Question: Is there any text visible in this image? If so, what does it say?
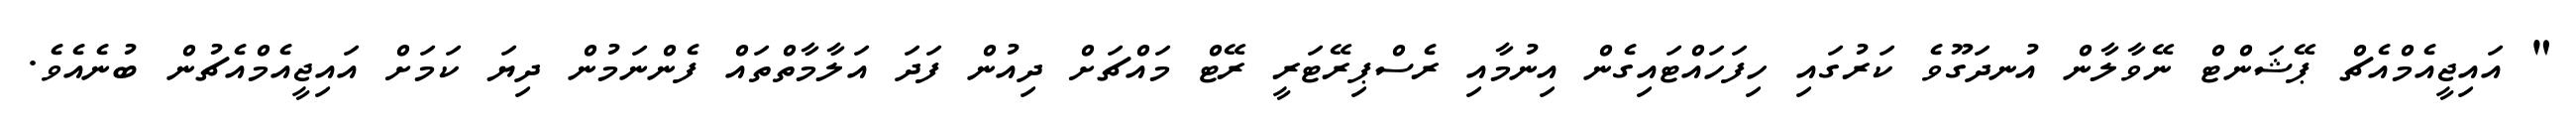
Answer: " އައިޖީއެމްއެޗް ޕޭޝަންޓް ނޭވާލާން އުނދަގޫވެ ކަރުގައި ހިފަހައްޓައިގެން އިނުމާއި ރެސްޕިރޭޓަރީ ރޭޓް މައްޗަށް ދިއުން ފަދަ އަލާމާތްތައް ފެންނަމުން ދިޔަ ކަމަށް އައިޖީއެމްއެޗުން ބުނެއެވެ.